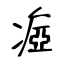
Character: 瘂